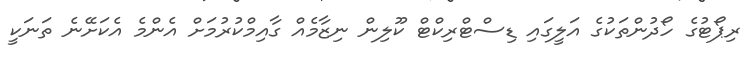
ރިޕޯޓުގެ ހޯދުންތަކުގެ އަލީގައި ޑިސްޓްރިކްޓް ކޫލިން ނިޒާމެއް ގާއިމްކުރުމަށް އެންމެ އެކަށޭނެ ތަނަކީ